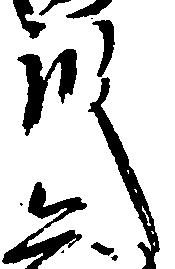
殿